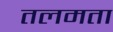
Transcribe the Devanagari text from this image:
तलमता